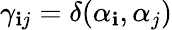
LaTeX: \gamma_{\mathbf{i}j}=\delta({\alpha_{\mathbf{i}},\alpha_{j}})